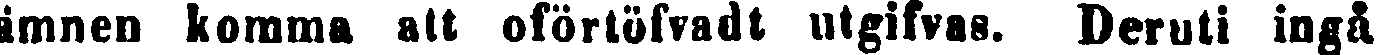
ämnen komma alt oförtöfvadt utgifvas. Deruti ingå